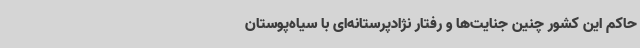
حاکم این کشور چنین جنایت‌ها و رفتار نژادپرستانه‌ای با سیاه‌پوستان